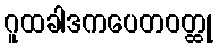
ဂူထခါဒကပေတဝတ္ထု